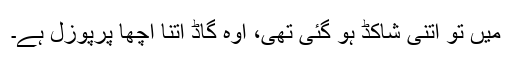
میں تو اتنی شاکڈ ہو گئی تھی، اوہ گاڈ اتنا اچھا پرپوزل ہے۔